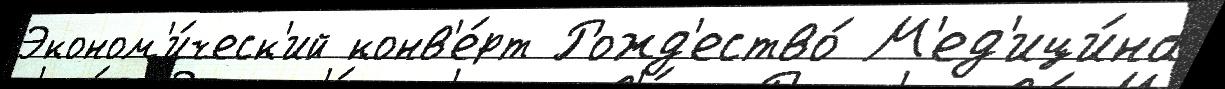
Эконом'и́ческ'ий конв'е́рт Рожд'ество́ М'ед'ици́на